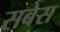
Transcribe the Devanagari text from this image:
सबेस